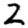
Digit: 2